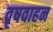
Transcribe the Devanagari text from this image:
वृषवाहन